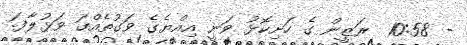
- 10:58  ރަޒީން ގެ ހަށިކޮޅު ވަނީ އިއްޔެގެ ވަގުތެއްގަ ވަޅުލާފަ.